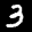
Label: 3